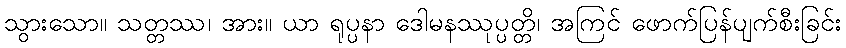
သွားသော။ သတ္တဿ၊ အား။ ယာ ရုပ္ပနာ ဒေါမနဿုပ္ပတ္တိ၊ အကြင် ဖောက်ပြန်ပျက်စီးခြင်း